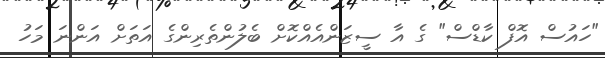
"ހައުސް އޮފް ކާޑްސް" ގެ އާ ސީޒަންއެއްކޮށް ބެލުންތެރިންގެ އަތަށް އަންނަ މަހު